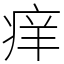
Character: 痒